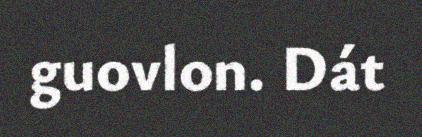
guovlon. Dát